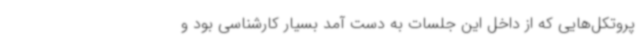
پروتکل‌هایی که از داخل این جلسات به دست آمد بسیار کارشناسی بود و